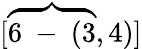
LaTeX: [\overbrace{6\mathrm{~-~}(3},4)]